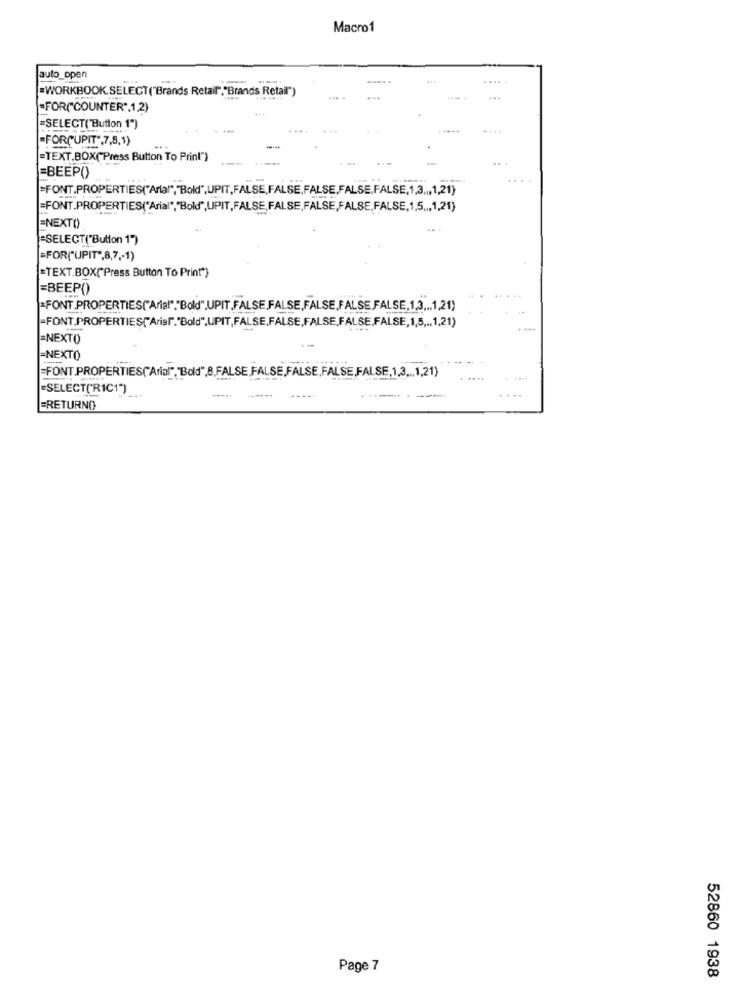
Macro1
auto_open
=WORKBOOK.SELECT("Brands Retail","Brands Retail")
....
...
=FOR("COUNTER",1,2)
=SELECT("Button 1")
...
-FORÇUPIT",7,8,1)
=TEXT.BOX("Press Button To Print")
=BEEP()
--
=FONT.PROPERTIES("Arial","Bold",UPIT,FALSE,FALSE,FALSE,FALSE,FALSE,1,3 ,, 1,21)
=FONT.PROPERTIES("Arial","Bold",UPIT,FALSE,FALSE,FALSE,FALSE,FALSE,1,5 ,, 1,21)
ENEXT()
=SELECT("Button 1")
=FOR("UPIT",8,7 ,- 1)
=TEXT.BOX("Press Button To Print")
=BEEP()
=FONT PROPERTIES("Arial","Bold".UPIT.FALSE FALSE,FALSE,FALSE FALSE,1,3 ,., 1,21)
-FONT.PROPERTIES["Arial"."Bold",UPIT, FALSE,FALSE,FALSE.FALSE,FALSE,1,5 ,., 1,21)
=NEXTO
-NEXTO
=FONT.PROPERTIES(Arial","Bold",8.FALSE FALSE,FALSE,FALSE,FALSE,1,3 ... 1,21)
=SELECT('RIC1")
=RETURNO
Page 7
52860 1938